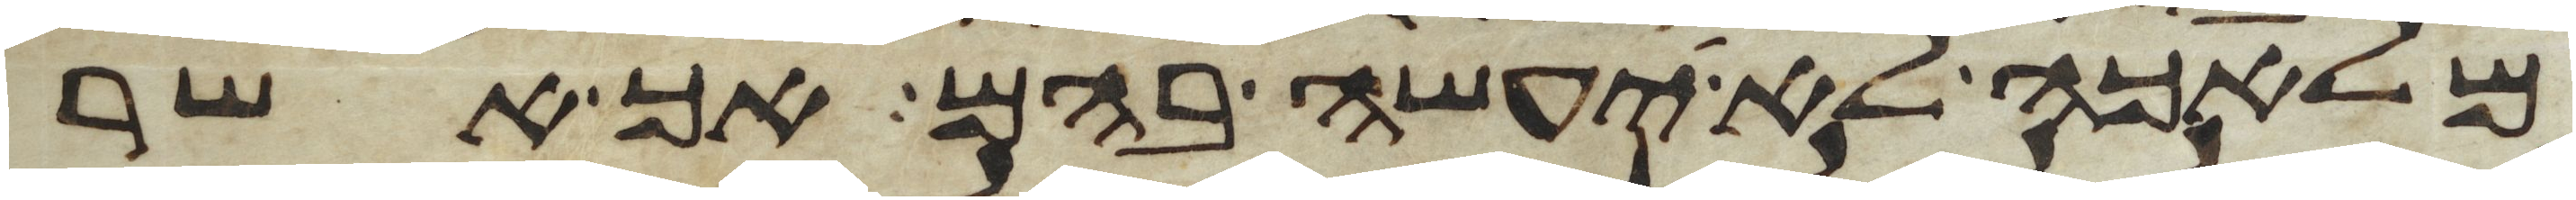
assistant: מלאכה לא יעשה בהם אך אשר